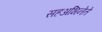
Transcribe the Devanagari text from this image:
सहअभिनेते